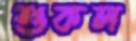
শুকল